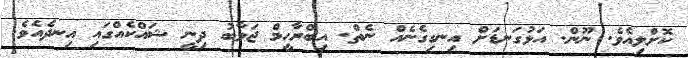
ކޮށްލިއެވެ. ނޫން. އަޅުގަނޑަށް އިނގިގެނެއް ނެތް. އިބްރާހީމް ޖަވާބު ދިނީ ޝައްކެއްގައި އިނދެއެވެ.